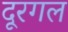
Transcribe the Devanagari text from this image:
दूरगल